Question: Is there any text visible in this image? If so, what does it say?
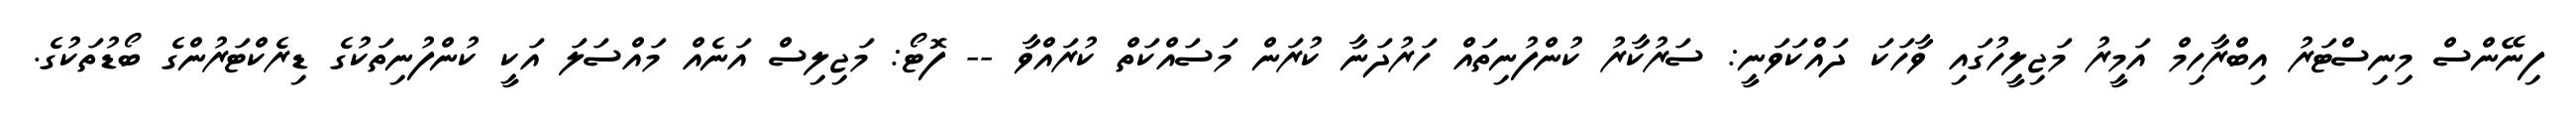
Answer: ފިނޭންސް މިނިސްޓަރު އިބްރާހިމް އަމީރު މަޖިލީހުގައި ވާހަކަ ދައްކަވަނީ: ސަރުކާރު ކުންފުނިތައް ހަރުދަނާ ކުރަން މަސައްކަތް ކުރައްވާ -- ފޮޓޯ: މަޖިލިސް އަނެއް މައްސަލަ އަކީ ކުންފުނިތަކުގެ ޑިރެކްޓަރުންގެ ބޯޑުތަކުގެ.